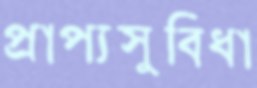
প্রাপ্যসুবিধা